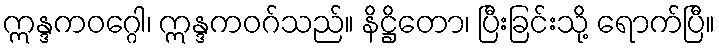
ဣန္ဒကဝဂ္ဂေါ၊ ဣန္ဒကဝဂ်သည်။ နိဋ္ဌိတော၊ ပြီးခြင်းသို့ ရောက်ပြီ။